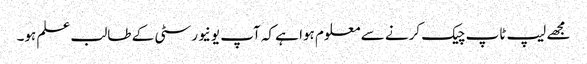
مجھے لیپ ٹاپ چیک کرنے سے معلوم ہوا ہے کہ آپ یونیورسٹی کے طالب علم ہو۔